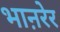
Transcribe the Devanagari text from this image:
भाऩरेर